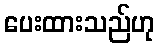
ပေးထားသည်ဟု